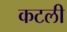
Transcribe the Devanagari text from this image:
कटली